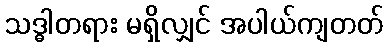
သဒ္ဓါတရား မရှိလျှင် အပါယ်ကျတတ်